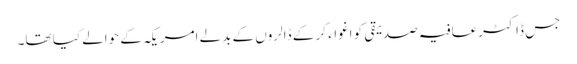
جس ڈاکٹرعافیہ صدیقی کو اغواء کر کے ڈالروں کے بدلے امریکہ کے حوالے کیا تھا۔